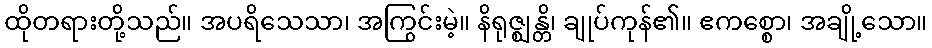
ထိုတရားတို့သည်။ အပရိသေသာ၊ အကြွင်းမဲ့။ နိရုဇ္ဈန္တိ၊ ချုပ်ကုန်၏။ ဧကစ္စော၊ အချို့သော။